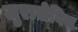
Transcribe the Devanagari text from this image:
जुरासेविच